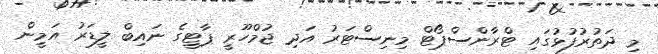
މި ދަތުރުފުޅުގައި ޓްރާންސްޕޯޓް މިނިސްޓަރު އަދި ޖުމްހޫރީ ޕާޓީގެ ނައިބް ލީޑަރު އަމީން